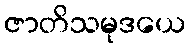
ဇာတိသမုဒယေ